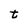
Character: t